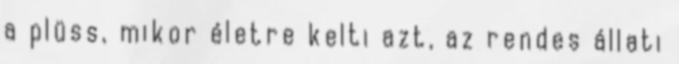
a plüss, mikor életre kelti azt, az rendes állati